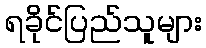
ရခိုင်ပြည်သူများ